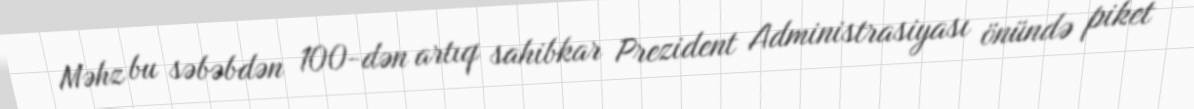
Məhz bu səbəbdən 100-dən artıq sahibkar Prezident Administrasiyası önündə piket